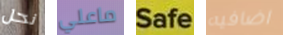
نحل ماعلي Safe اضافيه